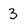
Character: 3